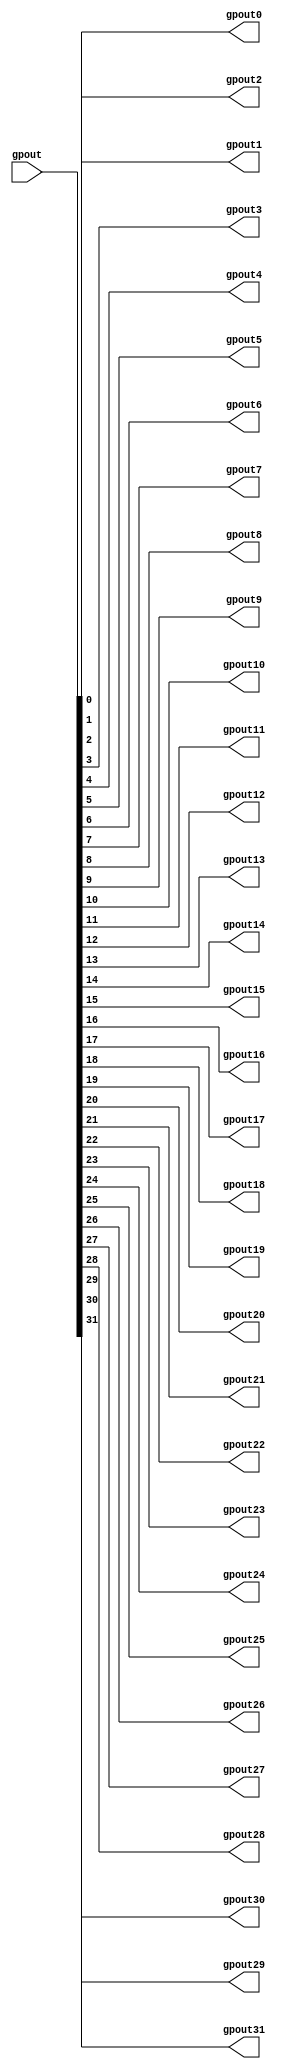
`timescale 1ns / 1ps
//////////////////////////////////////////////////////////////////////////////////
// Company: 
// Engineer: 
// 
// Design Name: 
// Module Name:    gpout_buf 
// Project Name: 
// Target Devices: 
// Tool versions: 
// Description: 
//
// Dependencies: 
//
// Revision: 
// Revision 0.01 - File Created
// Additional Comments: 
//
//////////////////////////////////////////////////////////////////////////////////
module gpout_buf(
    input [31:0] gpout,
    output gpout0,
    output gpout1,
    output gpout2,
    output gpout3,
    output gpout4,
    output gpout5,
    output gpout6,
    output gpout7,
    output gpout8,
    output gpout9,
    output gpout10,
    output gpout11,
    output gpout12,
    output gpout13,
    output gpout14,
    output gpout15,
    output gpout16,
    output gpout17,
    output gpout18,
    output gpout19,
    output gpout20,
    output gpout21,
    output gpout22,
    output gpout23,
    output gpout24,
    output gpout25,
    output gpout26,
    output gpout27,
    output gpout28,
    output gpout29,
    output gpout30,
    output gpout31
    );

assign gpout0 = gpout[0];
assign gpout1 = gpout[1];
assign gpout2 = gpout[2];
assign gpout3 = gpout[3];
assign gpout4 = gpout[4];
assign gpout5 = gpout[5];
assign gpout6 = gpout[6];
assign gpout7 = gpout[7];
assign gpout8 = gpout[8];
assign gpout9 = gpout[9];
assign gpout10 = gpout[10];
assign gpout11 = gpout[11];
assign gpout12 = gpout[12];
assign gpout13 = gpout[13];
assign gpout14 = gpout[14];
assign gpout15 = gpout[15];
assign gpout16 = gpout[16];
assign gpout17 = gpout[17];
assign gpout18 = gpout[18];
assign gpout19 = gpout[19];
assign gpout20 = gpout[20];
assign gpout21 = gpout[21];
assign gpout22 = gpout[22];
assign gpout23 = gpout[23];
assign gpout24 = gpout[24];
assign gpout25 = gpout[25];
assign gpout26 = gpout[26];
assign gpout27 = gpout[27];
assign gpout28 = gpout[28];
assign gpout29 = gpout[29];
assign gpout30 = gpout[30];
assign gpout31 = gpout[31];

endmodule